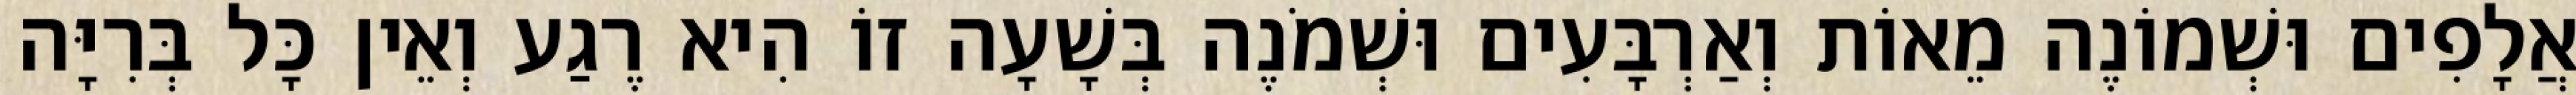
אֲלָפִים וּשְׁמוֹנֶה מֵאוֹת וְאַרְבָּעִים וּשְׁמֹנֶה בְּשָׁעָה זוֹ הִיא רֶגַע וְאֵין כָּל בְּרִיָּה